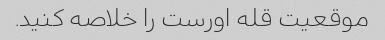
موقعیت قله اورست را خلاصه کنید.